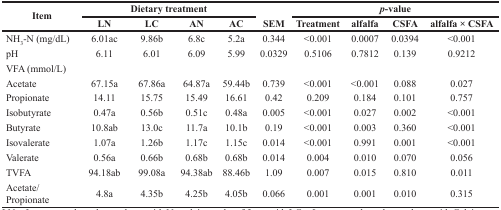
| <ROWSPAN=2> Item | <COLSPAN=4> Dietary treatment |  | <COLSPAN=4> p-value |
 | LN | LC | AN | AC | SEM | Treatment | alfalfa | CSFA | alfalfa × CSFA |
 | --- | --- | --- | --- | --- | --- | --- | --- | --- | --- |
 | NH3-N (mg/dL) | 6.01ac | 9.86b | 6.8c | 5.2a | 0.344 | <0.001 | 0.0007 | 0.0394 | <0.001 |
 | pH | 6.11 | 6.01 | 6.09 | 5.99 | 0.0329 | 0.5106 | 0.7812 | 0.139 | 0.9212 |
 | <COLSPAN=2> VFA (mmol/L) |  |  |  |  |  |  |  |  |
 | Acetate | 67.15a | 67.86a | 64.87a | 59.44b | 0.739 | <0.001 | <0.001 | 0.088 | 0.027 |
 | Propionate | 14.11 | 15.75 | 15.49 | 16.61 | 0.42 | 0.209 | 0.184 | 0.101 | 0.757 |
 | Isobutyrate | 0.47a | 0.56b | 0.51c | 0.48a | 0.005 | <0.001 | 0.027 | 0.002 | <0.001 |
 | Butyrate | 10.8ab | 13.0c | 11.7a | 10.1b | 0.19 | <0.001 | 0.003 | 0.360 | <0.001 |
 | Isovalerate | 1.07a | 1.26b | 1.17c | 1.15c | 0.014 | <0.001 | 0.991 | 0.001 | <0.001 |
 | Valerate | 0.56a | 0.66b | 0.68b | 0.68b | 0.014 | 0.004 | 0.010 | 0.070 | 0.056 |
 | TVFA | 94.18ab | 99.08a | 94.38ab | 88.46b | 1.09 | 0.007 | 0.015 | 0.810 | 0.011 |
 | Acetate/Propionate | 4.8a | 4.35b | 4.25b | 4.05b | 0.066 | 0.001 | 0.001 | 0.010 | 0.315 |